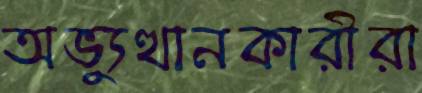
অভ্যুত্থানকারীরা